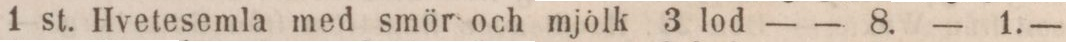
1 st. Hvetesemla med smör och mjölk 3 lod    — — 8.    — 1.—